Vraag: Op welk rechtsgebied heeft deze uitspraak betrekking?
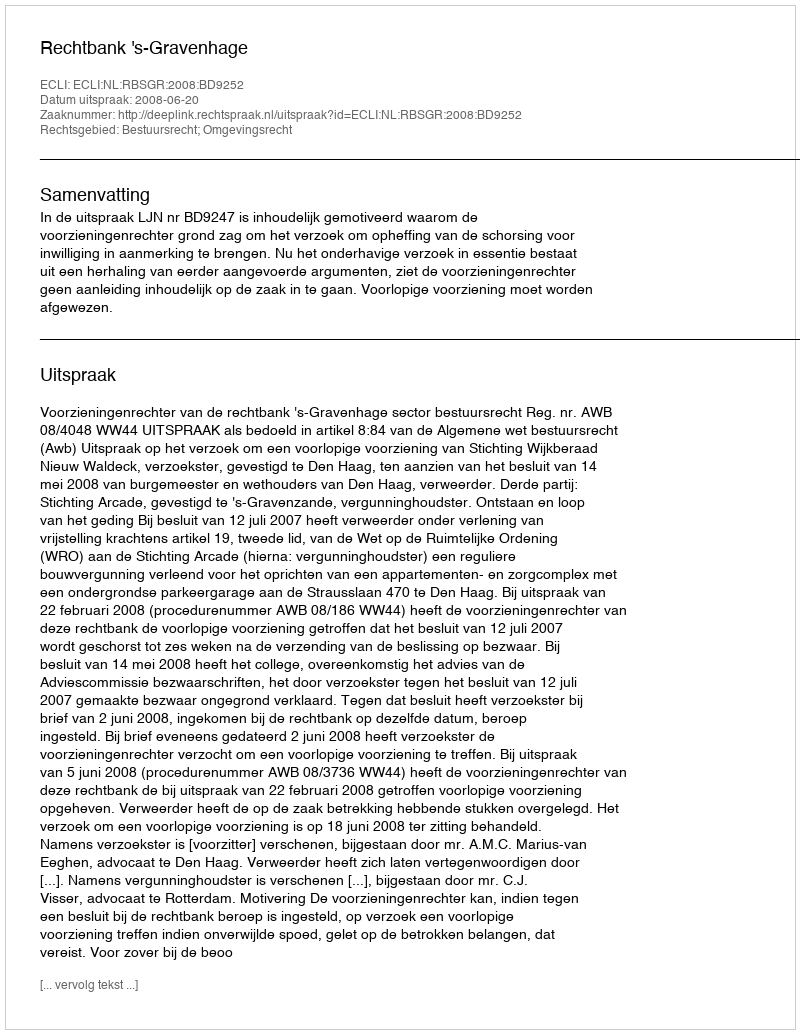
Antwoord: Bestuursrecht; Omgevingsrecht